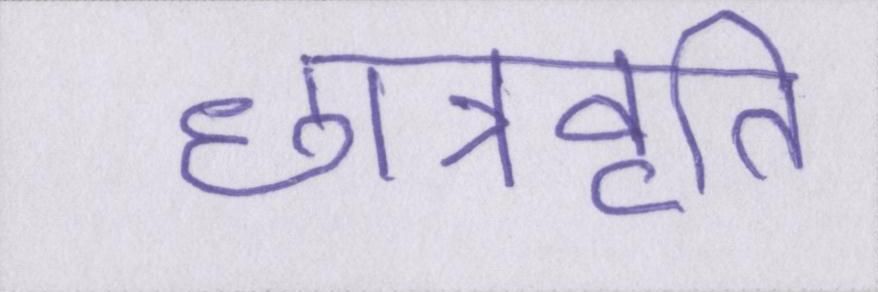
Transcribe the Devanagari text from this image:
छात्रवृति